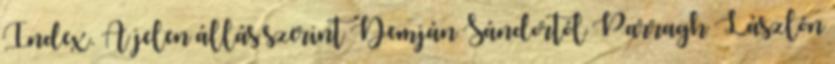
Index. A jelen állás szerint Demján Sándortól Parragh Lászlón